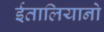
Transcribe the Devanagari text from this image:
ईतालियानो